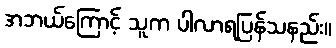
အဘယ်ကြောင့် သူက ပါလာရပြန်သနည်း။